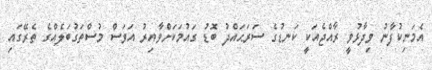
އެމަނިކުފާނު ވިދާޅުވީ ރާއްޖެއަކީ ކަނޑުގެ ސަރަޙައްދު ބޮޑު ގައުމަކަށްވާއިރު އަވަސް މުސްތަގުބަލެއްގެ ތެރޭގައި